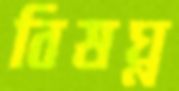
বিষঘ্ন